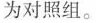
为对照组。